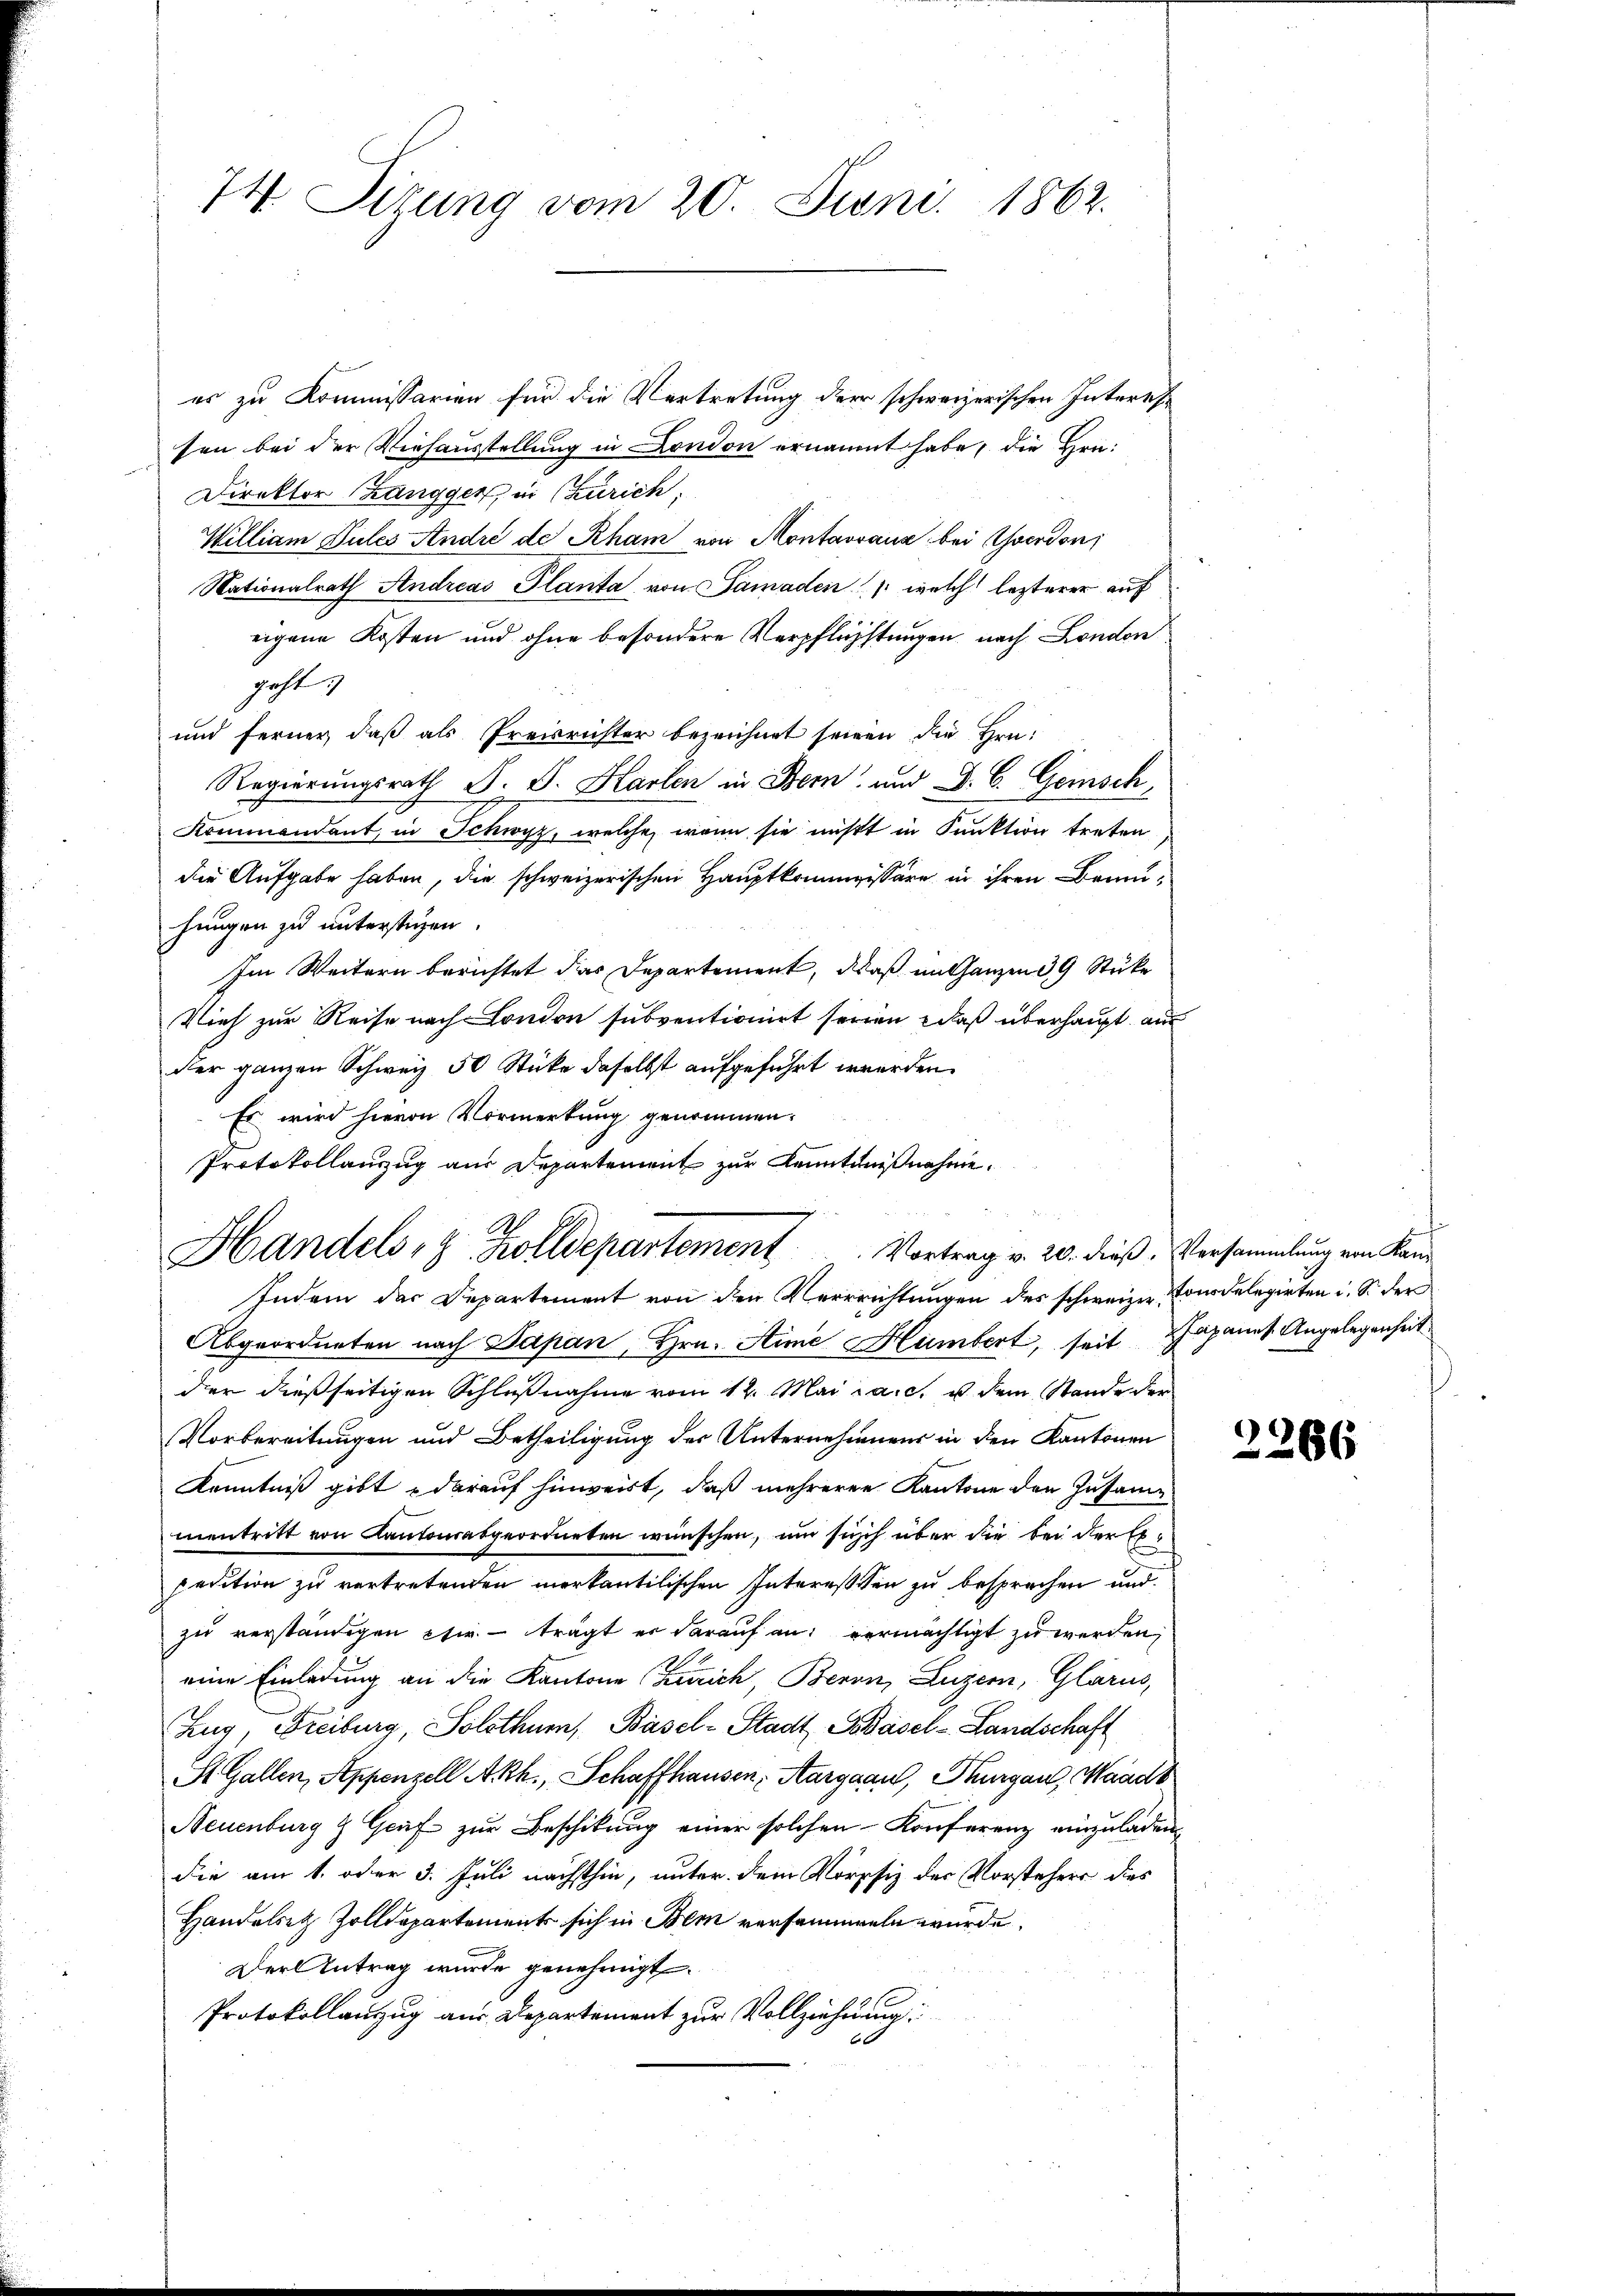
74. Sitzung vom 20. Juni 1862.

es zu Kommissarien für die Vertretung der schweizerischen Interessen bei der Viehausstellung in London ernannt habe, die Hrn.
Direktor Zangger, in Zürich
William Pules André de Rham von Montavvaus bei verdon,
Nationalrath Andreas Planta, von Samaden welch lezterer auf
eigene Kosten und ohne besondere Verpflichtungen nach London
geht.
und ferner, daß als Preisrichter bezeichnet seinen die Hrn.
Regierungsrath J. J. Harten in Bern und D. C. Gemisch,
Kommandant, in Schwyz, welche, wenn sie nichtt in Funktion treten
die Aufgabe haben, die schweizerischen Hauptkommissäre in ihren Baumhungen zu unterstigen.
Im Weitern berichtet das Departement, daß mit ganzen 39 Stüke
Vieh zur Reise nach London subventionirt seinen daß überhaupt aus
der ganzen Schweiz 50 Stücke daselbst aufgeführt werden.
Es wird hievon Vormerkung genommen.
Protokollauszug aus Departement zur Kenntnißnahme.
Abgeordneten nach Papan, Hrn. Hime Humbert, seit Japanes Angelegenheit.
der dießseitigen Schlußnahme vom 12. Mai a.c. u dem Stande der
Vorbereitungen und Betheiligung der Unternehmens in den Kantonen
Kenntniß gibt darauf hinweist, daß mehreren Kantone den Zusammentritt von Kantonsabgeordneten wünschen, um sich über die bei der Erpedition zu vertretenden merkantilischen Interessen zu besprochen und
zu verständigen stie. - trägt er darauf an vermächtigt zu werden,
eine Einladung an die Kantone (Zürich, Beron, Luzern, Glarus,
Zug, Freiburg, Solothur, Basel-Stadt Basel-Landschaft
St. Gallen, Appenzell A.Rh., Schaffhausen, Aargau, Thurgau, Waadt
Neuenburg & Greif zur Beschikung einer solchen Konferenz einzuladendie am 1. oder 3. Juli nächsthin, unter dem Vorpfiz der Vorstehers dies
Handelsetz Zolldepartement sich in Bern versammen wurde.
Der Antrag wurde genehmigt.
Protokollanzug aus Departement zur Vollziehung
60

Handels, 9 Zolldepartement. Vortrag v. 20. dieß, Versammlung von Kan¬
Indem der Departement von den Verrrichtungen des schweizer Consdelegirten i. S. der

2206